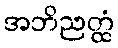
အဘိညတ္ထံ